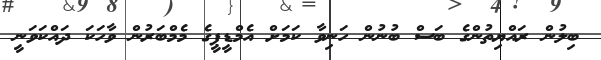
ބިލުން ރައްޔިތުންގެ ބަސް ބުނުން ހަނިވާ ކަމަށް އެމްޑީޕީގެ މެމްބަރުން ވާހަކަ ދައްކަވަނީ